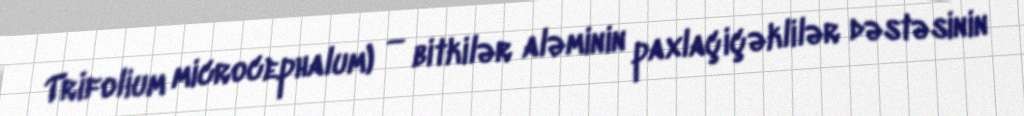
Trifolium microcephalum) — bitkilər aləminin paxlaçiçəklilər dəstəsinin